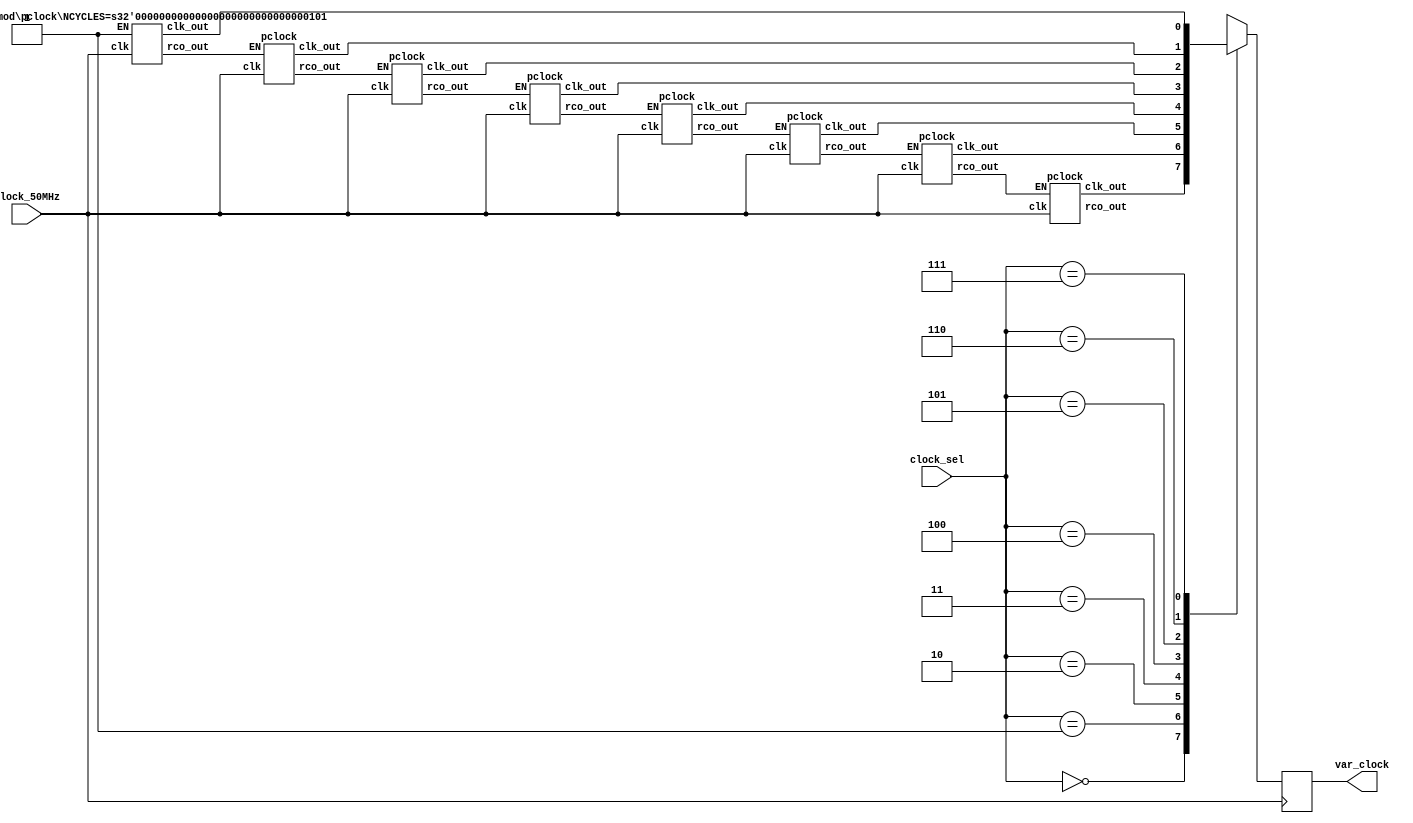
module var_clk(clock_sel, clock_50MHz, var_clock);

	/* Variable speed clock for Digital Clock Lab.  
	 * 
	 * clock_50MHz -- 50MHz input clock
	 * var_clock   -- Variable output clock 
	 * clock_sel   -- output clock selection 
	
		   3'b000 : var_clock = clock_1Hz;
		   3'b001 : var_clock = clock_10Hz;
	       3'b010 : var_clock = clock_100Hz;
	       3'b011 : var_clock = clock_1kHz;
	       3'b100 : var_clock = clock_10kHz;
	       3'b101 : var_clock = clock_100kHz;
	       3'b110 : var_clock = clock_1MHz;
	       3'b111 : var_clock = clock_10MHz;
	 */
	
	input clock_50MHz;
	input [2:0] clock_sel;
	
	output var_clock;
	
	reg var_clock;
	wire rco_10MHz, rco_1MHz, rco_100kHz, rco_10kHz, rco_1kHz, rco_100Hz, rco_10Hz, rco_1Hz;
	wire clock_10MHz, clock_1MHz, clock_100kHz, clock_10kHz, clock_1kHz, clock_100Hz, clock_10Hz, clock_1Hz;
	
	pclock #(5) counter_10MHz(clock_50MHz,1'b1,clock_10MHz,rco_10MHz);   // 50MHz to 10MHz
	pclock counter_1MHz(clock_50MHz,rco_10MHz,clock_1MHz,rco_1MHz);      // 10MHz to 1MHz
	pclock counter_100kHz(clock_50MHz,rco_1MHz,clock_100kHz,rco_100kHz); // 1MHz to 100kHz
	pclock counter_10kHz(clock_50MHz,rco_100kHz,clock_10kHz,rco_10kHz);  // 100kHz to 10kHz
	pclock counter_1kHz(clock_50MHz,rco_10kHz,clock_1kHz,rco_1kHz);      // 10kHz to 1kHz
	pclock counter_100Hz(clock_50MHz,rco_1kHz,clock_100Hz,rco_100Hz);    // 1kHz to 100Hz
	pclock counter_10Hz(clock_50MHz,rco_100Hz,clock_10Hz,rco_10Hz);      // 100Hz to 10Hz
	pclock counter_1Hz(clock_50MHz,rco_10Hz,clock_1Hz,rco_1Hz);          // 10Hz to 1Hz
	
	always @ (posedge clock_50MHz)
	case(clock_sel)
	   3'b000 : var_clock = clock_1Hz;
	   3'b001 : var_clock = clock_10Hz;
	   3'b010 : var_clock = clock_100Hz;
	   3'b011 : var_clock = clock_1kHz;
	   3'b100 : var_clock = clock_10kHz;
	   3'b101 : var_clock = clock_100kHz;
	   3'b110 : var_clock = clock_1MHz;
	   3'b111 : var_clock = clock_10MHz;
	   default: var_clock = clock_1Hz;
	endcase

endmodule

module pclock(clk,EN,clk_out,rco_out);

	/* Parameterized clock divider module.  By Douglas Long 11/11/07
	 *
	 *   clk -- input clock
	 *   EN  -- clock Enable (active HIGH)
	 *   clk_out -- output clock (divided by NCYCLES)
	 *   rco_out -- ripple carry output (enable higer order clock)
	 */
	
	input clk,EN;
	output clk_out,rco_out;
	
	parameter NCYCLES=10;
	
	reg [3:0] count;
	reg clk_out,rco_out;
	
	always @ (posedge clk)
	if(EN)
	   if(count < NCYCLES-1)
		   count = count+4'b0001;
	   else
		   count = 0;
	
	always @ (count,EN)
	begin
		if (count <= (NCYCLES-1)/2)
		   clk_out = 0;
		else
		   clk_out = 1;
		if ((count == NCYCLES-1) & EN)
		   rco_out = 1;
		else
		   rco_out = 0;
	end
	
endmodule